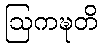
ဩကဍ္ဎတိ